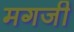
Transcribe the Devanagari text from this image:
मगजी